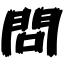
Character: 問